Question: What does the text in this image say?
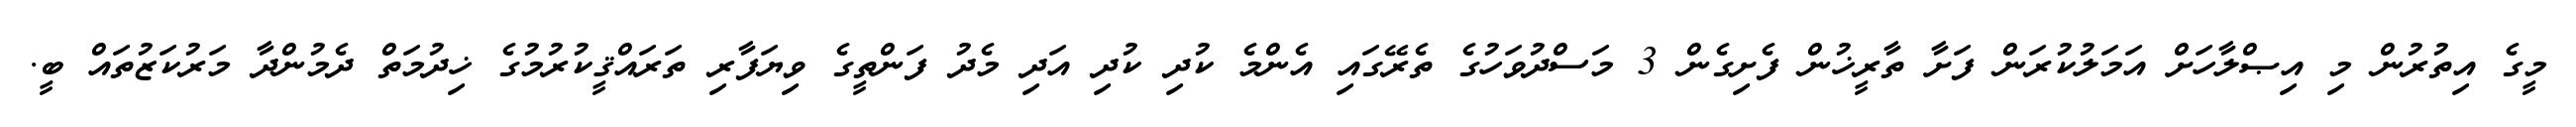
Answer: މީގެ އިތުރުން މި އިޞްލާހަށް އަމަލުކުރަން ފަށާ ތާރީޚުން ފެށިގެން 3 މަސްދުވަހުގެ ތެރޭގައި އެންމެ ކުދި ކުދި އަދި މެދު ފަންތީގެ ވިޔަފާރި ތަރައްޤީކުރުމުގެ ޚިދުމަތް ދެމުންދާ މަރުކަޒުތައް ބީ.